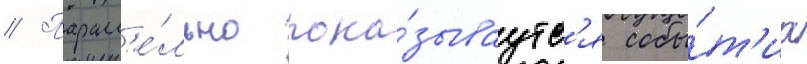
// Паралл'е́льно пока́зываутс'я собы́т'иа